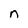
Character: n